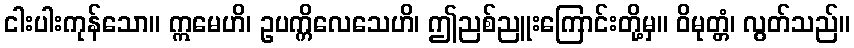
ငါးပါးကုန်သော။ ဣမေဟိ၊ ဥပက္ကိလေသေဟိ၊ ဤညစ်ညူးကြောင်းတို့မှ။ ဝိမုတ္တံ၊ လွတ်သည်။